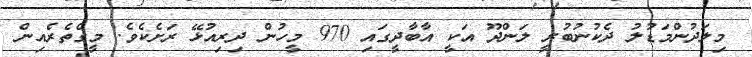
މިލަދުންމަޑުލު ދެކުނުބުރީ ލަންދޫ އަކީ އާބާދީގައި 970 މީހުން ދިރިއުޅޭ ރަށެކެވެ. މީގެތެރެއިން